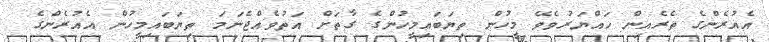
އެއުރެންގެ ތެރެއިން ހައްޔަރުވެވޭ މީހުން ތިޔަބައިމީހުންގެ ގާތަށް އަތުވެއްޖެނަމަ ތިޔަބައިމީހުން އެއުރެންގެ